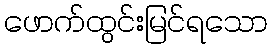
ဖောက်ထွင်းမြင်ရသော